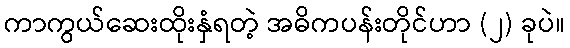
ကာကွယ်ဆေးထိုးနှံရတဲ့ အဓိကပန်းတိုင်ဟာ (၂) ခုပဲ။